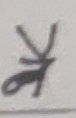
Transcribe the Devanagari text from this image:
ने